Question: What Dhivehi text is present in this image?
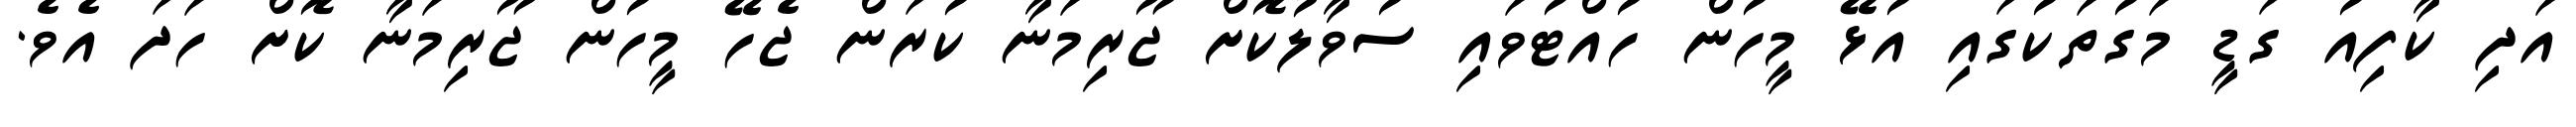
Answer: އަދި ކާފިއު ގަޑީ މަގުތަކުގައި އުޅޭ މީހުން ހުއްޓުވައި ސުވާލުކޮށް ޖޫރިމަނާ ކުރަން ޖެހޭ މީހުން ޖޫރިމަނާ ކޮށް ހަދަ އެވެ.